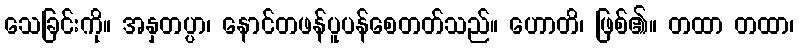
သေခြင်းကို။ အနှတပ္ပာ၊ နောင်တဖန်ပူပန်စေတတ်သည်။ ဟောတိ၊ ဖြစ်၏။ တထာ တထာ၊